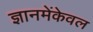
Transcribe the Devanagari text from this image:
ज्ञानमेंकेवल